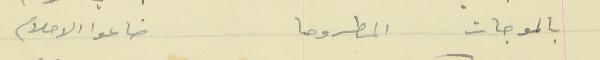
بالموجات المطروحا                                  ضاعوا الاحلام